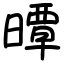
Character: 曋